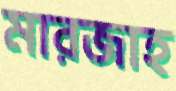
মারজাহ